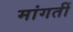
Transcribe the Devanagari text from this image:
मांगतीं